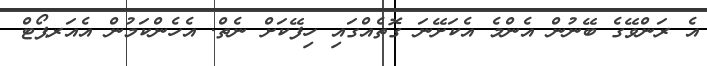
އެ ރަންވޭގެ ބޭނުން އެންމެ އެކަށޭނަ ގޮތެއްގައި ހިފޭކަށް ނެތް. އެހެންކަމުން އެއަރޕޯޓް